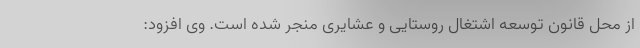
از محل قانون توسعه اشتغال روستایی و عشایری منجر شده است. وی افزود: